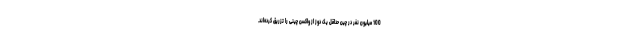
100 میلیون نفر در چین حداقل یک دوز از واکسن چینی را تزریق کرده‌اند.